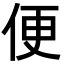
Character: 便